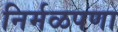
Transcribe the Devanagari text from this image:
निर्मळपणा